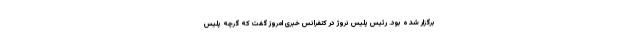
برگزار شده بود. رئیس پلیس نروژ در کنفرانس خبری امروز گفت که گرچه پلیس